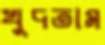
খুদতাম